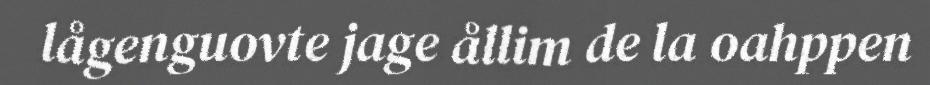
lågenguovte jage ållim de la oahppen